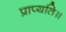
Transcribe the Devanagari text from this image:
प्राप्यति॥